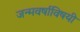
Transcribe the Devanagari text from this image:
जन्मवर्षाविषयी